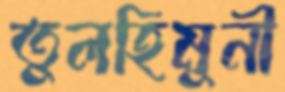
তুলহিমুনী